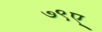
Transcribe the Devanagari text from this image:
७९ए